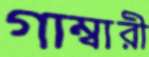
গাম্বারী